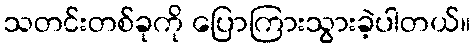
သတင်းတစ်ခုကို ပြောကြားသွားခဲ့ပါတယ်။